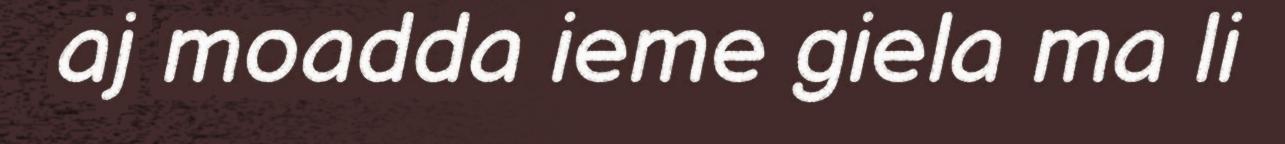
aj moadda ieme giela ma li